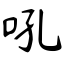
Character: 吼